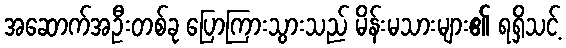
အဆောက်အဦးတစ်ခု ပြောကြားသွားသည် မိန်းမသားများ၏ ရရှိသင့်